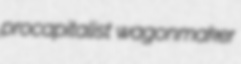
procapitalist wagonmaker